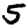
Digit: 5